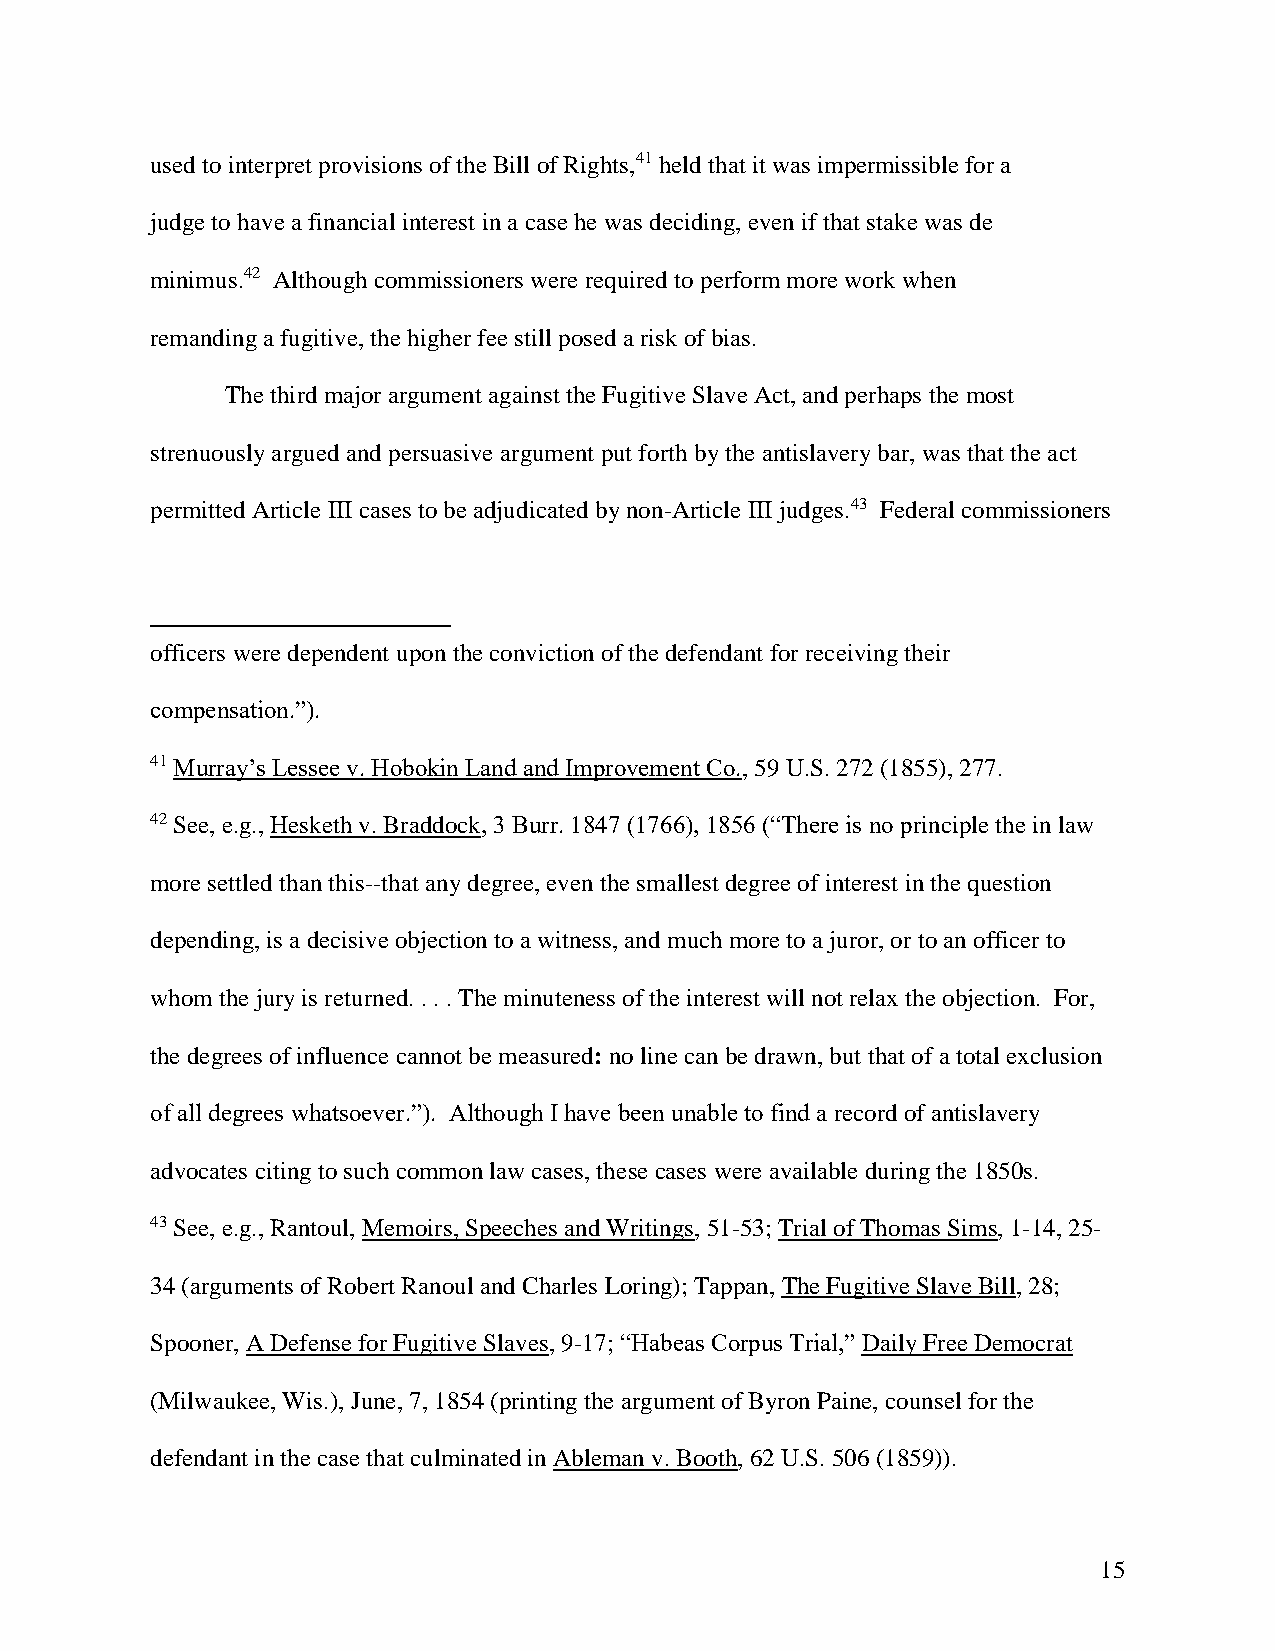
used to interpret provisions of the Bill of Rights,41 held that it was impermissible for a
 judge to have a financial interest in a case he was deciding, even if that stake was de
 minimus.42 Although commissioners were required to perform more work when
 remanding a fugitive, the higher fee still posed a risk of bias.
 The third major argument against the Fugitive Slave Act, and perhaps the most
 strenuously argued and persuasive argument put forth by the antislavery bar, was that the act
 permitted Article III cases to be adjudicated by non-Article III judges.43 Federal commissioners
 officers were dependent upon the conviction of the defendant for receiving their
 compensation.”).
 41 Murray’s Lessee v. Hobokin Land and Improvement Co., 59 U.S. 272 (1855), 277.
 42 See, e.g., Hesketh v. Braddock, 3 Burr. 1847 (1766), 1856 (“There is no principle the in law
 more settled than this--that any degree, even the smallest degree of interest in the question
 depending, is a decisive objection to a witness, and much more to a juror, or to an officer to
 whom the jury is returned. . . . The minuteness of the interest will not relax the objection. For,
 the degrees of influence cannot be measured: no line can be drawn, but that of a total exclusion
 of all degrees whatsoever.”). Although I have been unable to find a record of antislavery
 advocates citing to such common law cases, these cases were available during the 1850s.
 43 See, e.g., Rantoul, Memoirs, Speeches and Writings, 51-53; Trial of Thomas Sims, 1-14, 25-
 34 (arguments of Robert Ranoul and Charles Loring); Tappan, The Fugitive Slave Bill, 28;
 Spooner, A Defense for Fugitive Slaves, 9-17; “Habeas Corpus Trial,” Daily Free Democrat
 (Milwaukee, Wis.), June, 7, 1854 (printing the argument of Byron Paine, counsel for the
 defendant in the case that culminated in Ableman v. Booth, 62 U.S. 506 (1859)).
 15